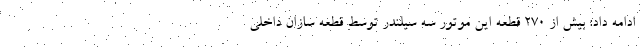
ادامه داد: بیش از 270 قطعه این موتور سه سیلندر توسط قطعه سازان داخلی